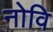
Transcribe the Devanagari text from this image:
नोवि